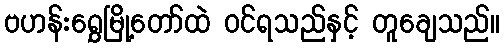
ဗဟန်းရွှေမြို့တော်ထဲ ဝင်ရသည်နှင့် တူချေသည်။